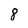
Character: 8